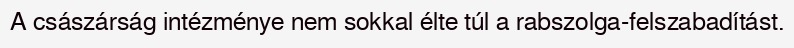
A császárság intézménye nem sokkal élte túl a rabszolga-felszabadítást.